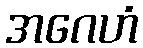
အဂေဟံ